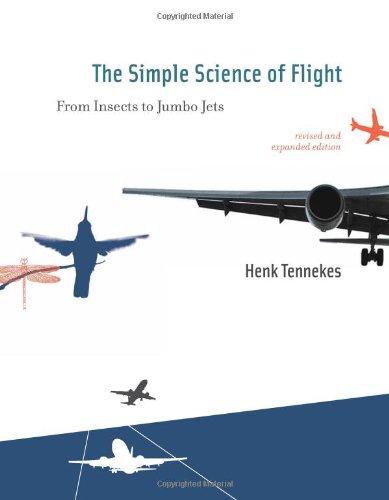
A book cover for The Simple Science of Flight: From Insects to Jumbo Jets; Henk Tennekes; Science & Math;